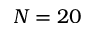
N = 2 0